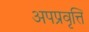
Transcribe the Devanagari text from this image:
अपप्रवृत्ति